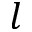
l